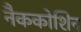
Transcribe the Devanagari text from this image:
नैककोशिन